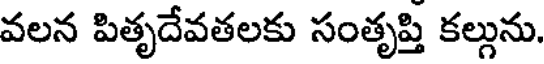
వలన పితృదేవతలకు సంతృప్తి కల్గును.